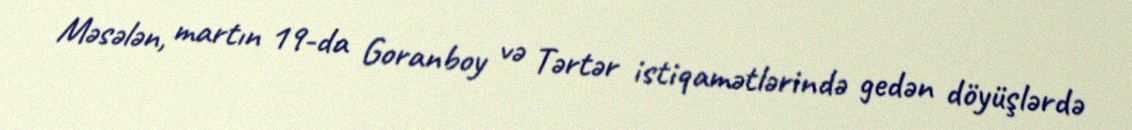
Məsələn, martın 19-da Goranboy və Tərtər istiqamətlərində gedən döyüşlərdə